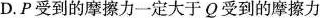
D.P受到的摩擦力一定大于Q受到的摩擦力